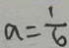
a = \frac { 1 } { 6 }